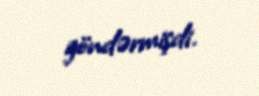
göndərmişdi.